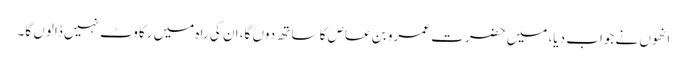
انھوں نے جواب دیا، میں حضرت عمرو بن عاص کا ساتھ دوں گا، ان کی راہ میں رکاوٹ نہیں ڈالوں گا۔